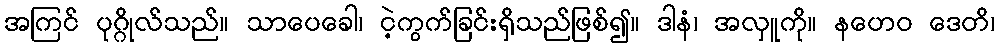
အကြင် ပုဂ္ဂိုလ်သည်။ သာပေခေါ၊ ငဲ့ကွက်ခြင်းရှိသည်ဖြစ်၍။ ဒါနံ၊ အလှူကို။ နဟေဝ ဒေတိ၊